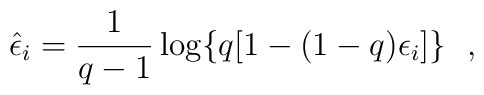
\hat\epsilon_i=\frac{1}{q-1} \log\{q [1-(1-q) \epsilon_i]\} \ \ ,